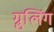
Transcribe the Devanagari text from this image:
ग्रुलिंग